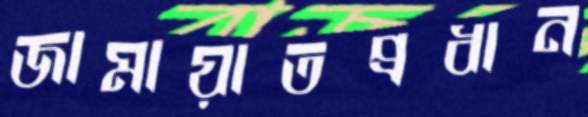
জামায়াতপ্রধান